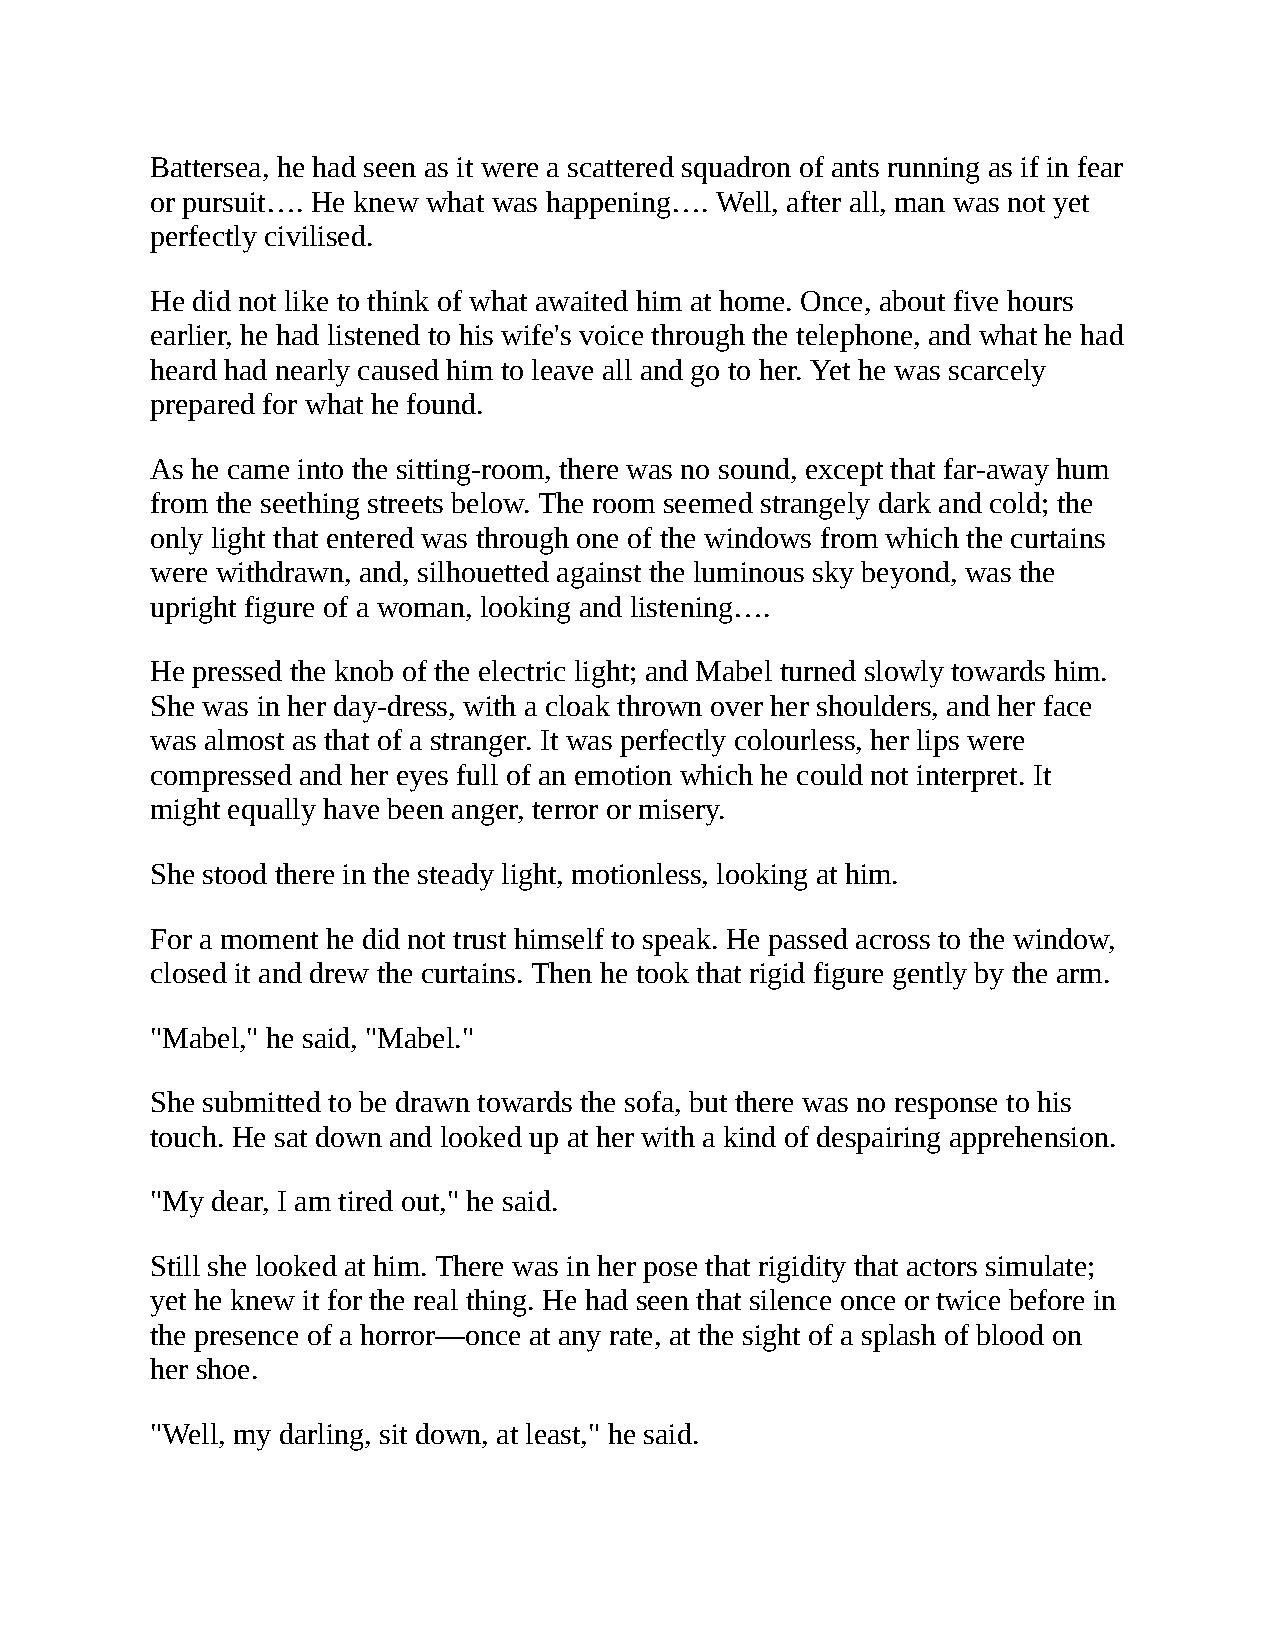
Battersea, he had seen as it were a scattered squadron of ants running as if in fear
 or pursuit…. He knew what was happening…. Well, after all, man was not yet
 perfectly civilised.
 He did not like to think of what awaited him at home. Once, about five hours
 earlier, he had listened to his wife's voice through the telephone, and what he had
 heard had nearly caused him to leave all and go to her. Yet he was scarcely
 prepared for what he found.
 As he came into the sitting-room, there was no sound, except that far-away hum
 from the seething streets below. The room seemed strangely dark and cold; the
 only light that entered was through one of the windows from which the curtains
 were withdrawn, and, silhouetted against the luminous sky beyond, was the
 upright figure of a woman, looking and listening….
 He pressed the knob of the electric light; and Mabel turned slowly towards him.
 She was in her day-dress, with a cloak thrown over her shoulders, and her face
 was almost as that of a stranger. It was perfectly colourless, her lips were
 compressed and her eyes full of an emotion which he could not interpret. It
 might equally have been anger, terror or misery.
 She stood there in the steady light, motionless, looking at him.
 For a moment he did not trust himself to speak. He passed across to the window,
 closed it and drew the curtains. Then he took that rigid figure gently by the arm.
 "Mabel," he said, "Mabel."
 She submitted to be drawn towards the sofa, but there was no response to his
 touch. He sat down and looked up at her with a kind of despairing apprehension.
 "My dear, I am tired out," he said.
 Still she looked at him. There was in her pose that rigidity that actors simulate;
 yet he knew it for the real thing. He had seen that silence once or twice before in
 the presence of a horror—once at any rate, at the sight of a splash of blood on
 her shoe.
 "Well, my darling, sit down, at least," he said.